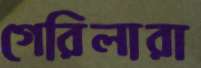
গেরিলারা